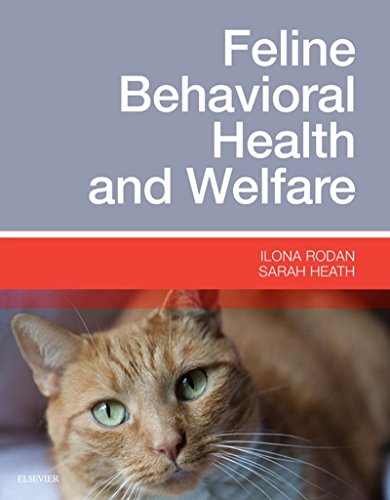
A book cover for Feline Behavioral Health and Welfare, 1e; Ilona Rodan DVM  DABVP (Feline Practice); Medical Books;